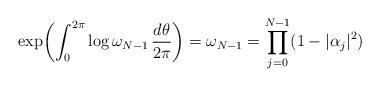
LaTeX: \begin{align*}\exp \biggl( \int_0^{2\pi} \log \omega_{N-1} \, \frac{d\theta}{2\pi}\biggr)=\omega_{N-1}=\prod_{j=0}^{N-1}(1-|\alpha_j|^2)\end{align*}